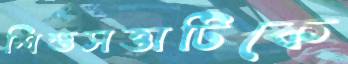
শিশুসত্তাটিকে